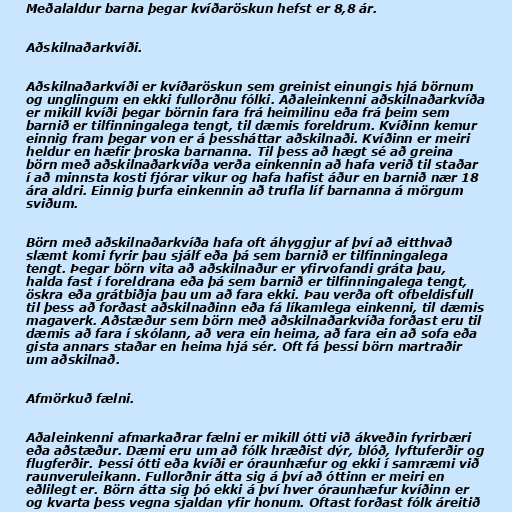
Meðalaldur barna þegar kvíðaröskun hefst er 8,8 ár.

Aðskilnaðarkvíði.

Aðskilnaðarkvíði er kvíðaröskun sem greinist einungis hjá börnum
og unglingum en ekki fullorðnu fólki. Aðaleinkenni aðskilnaðarkvíða
er mikill kvíði þegar börnin fara frá heimilinu eða frá þeim sem
barnið er tilfinningalega tengt, til dæmis foreldrum. Kvíðinn kemur
einnig fram þegar von er á þessháttar aðskilnaði. Kvíðinn er meiri
heldur en hæfir þroska barnanna. Til þess að hægt sé að greina
börn með aðskilnaðarkvíða verða einkennin að hafa verið til staðar
í að minnsta kosti fjórar vikur og hafa hafist áður en barnið nær 18
ára aldri. Einnig þurfa einkennin að trufla líf barnanna á mörgum
sviðum.

Börn með aðskilnaðarkvíða hafa oft áhyggjur af því að eitthvað
slæmt komi fyrir þau sjálf eða þá sem barnið er tilfinningalega
tengt. Þegar börn vita að aðskilnaður er yfirvofandi gráta þau,
halda fast í foreldrana eða þá sem barnið er tilfinningalega tengt,
öskra eða grátbiðja þau um að fara ekki. Þau verða oft ofbeldisfull
til þess að forðast aðskilnaðinn eða fá líkamlega einkenni, til dæmis
magaverk. Aðstæður sem börn með aðskilnaðarkvíða forðast eru til
dæmis að fara í skólann, að vera ein heima, að fara ein að sofa eða
gista annars staðar en heima hjá sér. Oft fá þessi börn martraðir
um aðskilnað.

Afmörkuð fælni.

Aðaleinkenni afmarkaðrar fælni er mikill ótti við ákveðin fyrirbæri
eða aðstæður. Dæmi eru um að fólk hræðist dýr, blóð, lyftuferðir og
flugferðir. Þessi ótti eða kvíði er óraunhæfur og ekki í samræmi við
raunveruleikann. Fullorðnir átta sig á því að óttinn er meiri en
eðlilegt er. Börn átta sig þó ekki á því hver óraunhæfur kvíðinn er
og kvarta þess vegna sjaldan yfir honum. Oftast forðast fólk áreitið